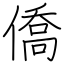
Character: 僑